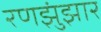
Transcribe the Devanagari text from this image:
रणझुंझार